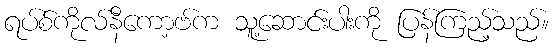
ရပ်စ်ကိုလ်နီကော့ဗ်က သူ့ဆောင်းပါးကို ပြန်ကြည့်သည်။